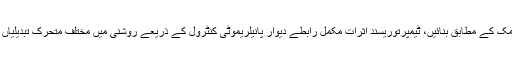
دریں اثناء، آپ چمک کے مطابق بنائیں، ٹیمپرتوریسند اثرات مکمل رابطے دیوار پانیلریموٹی کنٹرول کے ذریعے روشنی میں مختلف متحرک تبدیلیاں رنگ کر سکتے ۔